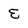
Character: E